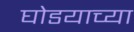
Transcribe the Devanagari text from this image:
घोडयाच्या